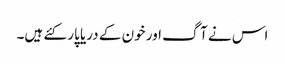
اس نے آگ اور خون کے دریا پار کئے ہیں۔